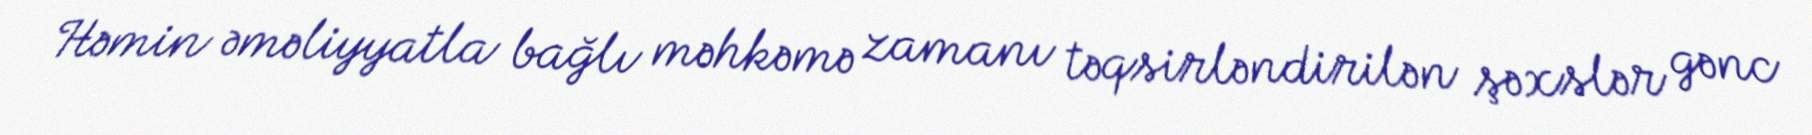
Həmin əməliyyatla bağlı məhkəmə zamanı təqsirləndirilən şəxslər gənc